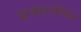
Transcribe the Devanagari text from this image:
इन्कारपॉरेशन